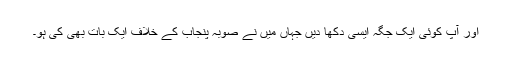
اور آپ کوئی ایک جگہ ایسی دکھا دیں جہاں میں نے صوبہ پنجاب کے خلاف ایک بات بھی کی ہو۔